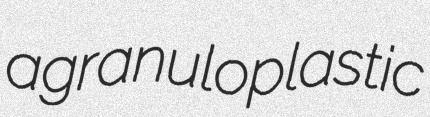
agranuloplastic